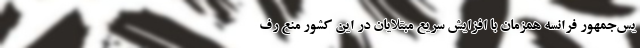
یس‌جمهور فرانسه همزمان با افزایش سریع مبتلایان در این کشور منع رف